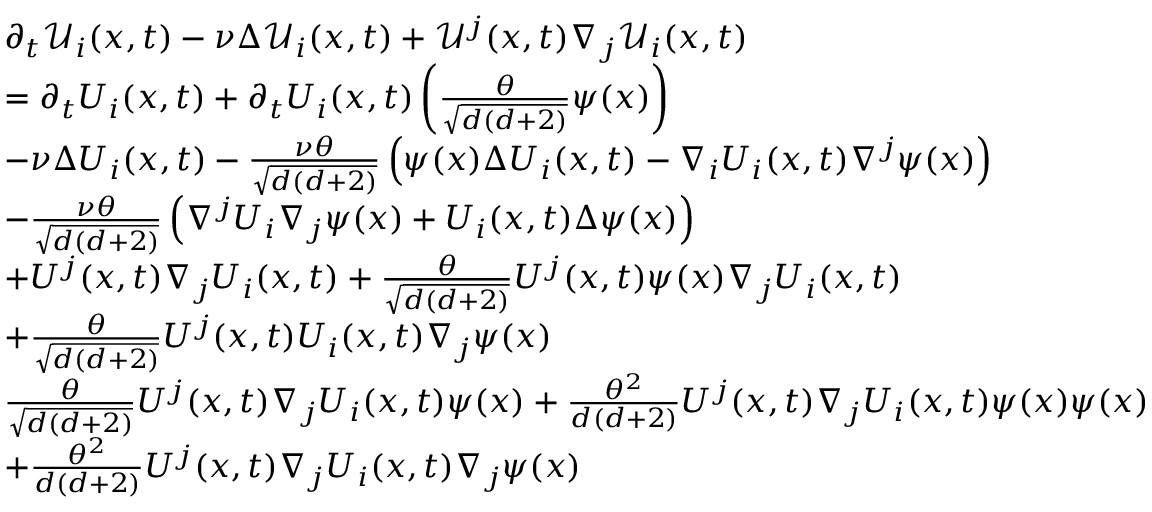
\begin{array} { r l } & { \partial _ { t } \mathcal { U } _ { i } ( x , t ) - \nu \Delta \mathcal { U } _ { i } ( x , t ) + \mathcal { U } ^ { j } ( x , t ) \nabla _ { j } \mathcal { U } _ { i } ( x , t ) } \\ & { = \partial _ { t } U _ { i } ( x , t ) + \partial _ { t } U _ { i } ( x , t ) \left( \frac { \theta } { \sqrt { d ( d + 2 ) } } \psi ( x ) \right) } \\ & { - \nu \Delta U _ { i } ( x , t ) - \frac { \nu \theta } { \sqrt { d ( d + 2 ) } } \left( \psi ( x ) \Delta U _ { i } ( x , t ) - \nabla _ { i } U _ { i } ( x , t ) \nabla ^ { j } \psi ( x ) \right) } \\ & { - \frac { \nu \theta } { \sqrt { d ( d + 2 ) } } \left( \nabla ^ { j } U _ { i } \nabla _ { j } \psi ( x ) + U _ { i } ( x , t ) \Delta \psi ( x ) \right) } \\ & { + U ^ { j } ( x , t ) \nabla _ { j } U _ { i } ( x , t ) + \frac { \theta } { \sqrt { d ( d + 2 ) } } U ^ { j } ( x , t ) \psi ( x ) \nabla _ { j } U _ { i } ( x , t ) } \\ & { + \frac { \theta } { \sqrt { d ( d + 2 ) } } U ^ { j } ( x , t ) U _ { i } ( x , t ) \nabla _ { j } \psi ( x ) } \\ & { \frac { \theta } { \sqrt { d ( d + 2 ) } } U ^ { j } ( x , t ) \nabla _ { j } U _ { i } ( x , t ) \psi ( x ) + \frac { \theta ^ { 2 } } { { d ( d + 2 ) } } U ^ { j } ( x , t ) \nabla _ { j } U _ { i } ( x , t ) \psi ( x ) \psi ( x ) } \\ & { + \frac { \theta ^ { 2 } } { { d ( d + 2 ) } } U ^ { j } ( x , t ) \nabla _ { j } U _ { i } ( x , t ) \nabla _ { j } \psi ( x ) } \end{array}